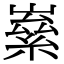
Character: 𡼊